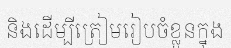
និងដើម្បីត្រៀមរៀបចំខ្លួនក្នុង